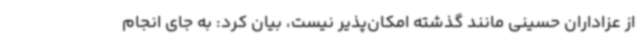
از عزاداران حسینی مانند گذشته امکان‌پذیر نیست، بیان ‌کرد: به جای انجام